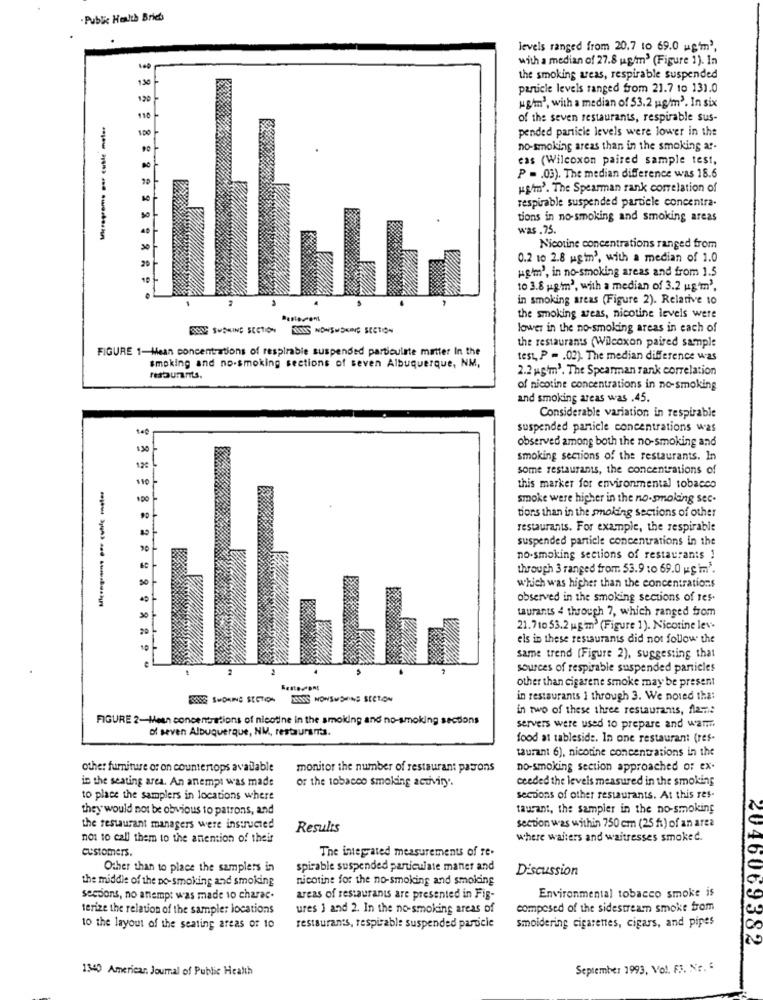
.Public Health Bries
levels ranged from 20.7 to 69.0 ugmm3,
with a median of 27.8 g/m3 (Figure 1). In
169
130
the smoking areas, respirable suspended
particle levels ranged from 21.7 to 131.0
120
ughm', with a median of 53.2 ug/m2. In six
of the seven restaurants, respirable sus-
100
pended particle levels were lower in the
no-smoking areas than in the smoking ar-
cas (Wilcoxon paired sample test,
P = . 03). The median difference was 18.6
":sm'. The Spearman rank correlation of
respirable suspended particle concentra.
tions in no-smoking and smoking areas
was . 75.
Nicotine concentrations ranged from
20
0.2 10 2.8 ugtm', with a median of 1.0
ug'm', in no-smoking areas and from 1.5
LLLL
10 3.8 g/m2, with a median of 3.2 ug'm',
in smoking areas (Figure 2). Relative to
the smoking areas, nicotine levels were
BOSS SUONINE SECTION DOOS NONSMOKING SECTION
lower in the no-smoking areas in each of
the restaurants (Wilcoxon paired sample
FIGURE 1-Mean concentrations of respirable suspended particulate matter In the
test, P = . 02). The median difference was
smoking and no-smoking sections of seven Albuquerque, NM,
2.2 mg'm'. The Spearman rank correlation
of nicotine concentrations in no-smoking
and smoking areas was .45.
Considerable variation in respirable
suspended panicle concentrations was
observed among both the no-smoking and
130
-
smoking sections of the restaurants. In
120
some restaurants, the concentrations of
110
this marker for environmental tobacco
100
smoke were higher in the no-smoking sec-
tions than in the smoking sections of other
restaurants. For example, the respirable
suspended particle concentrations in the
no-smoking sections of restaurants !
through 3 ranged from 53.9 :0 69.0 wgm.'.
which was higher than the concentrations
---- --
observed in the smoking sections of res.
taurants 4 through 7, which ranged from
20
21.710 53.2 ug'm' (Figure 1). Nicotine lev.
els in these restaurants did not follow the
same trend (Figure 2), suggesting that
sources of respirable suspended particles
other than cigarene smoke may be present
SANS SMOKING SECTION LIVS NOWBUSHING SECTION
in restaurants 1 through 3. We noted tha:
in two of these three restaurants, flame
FIGURE 2-Mean concentrations of nicotine in the smoking and no-smoking sections
of seven Albuquerque, NM, restauranta.
servers were used to prepare and warm
food at tableside. In one restaurant (res-
taurant 6), nicotine concentrations in the
other furniture or on countertops available
monitor the number of restaurant patrons
no-smoking section approached of ex.
in the seating area. An anempi was made
or the tobacco smoking activity".
ceeded the levels measured in the smoking
to place the samplers in locations where
sections of other restaurants. At this res-
they would not be obvious to patrons, and
taurant, the sampler in the no-smoking
the restaurant managers were instructed
Results
section was within 750 cm (25 ft) of an area
not to call them to the amention of their
where walters and waitresses smoked.
customers.
The integrated measurements of re.
Other than to place the samplers in
spirable suspended particulate manter and
Discussion
the middle of the Do-smoking and smoking
nicotine for the no-smoking and smoking
sections, no attempt was made 10 charac.
areas of restaurants are presented in Fig-
Environmental tobacco smoke is
terize the relation of the sampler locations
ures 1 and 2. In the no-smoking areas of
composed of the sidestream smoke from
10 the layout of the seating areas of 10
restaurants, respirable suspended particie
smoldering cigarettes, cigars, and pipes
2046069382
1340 Americar. Journal of Public Health
September 1993, Vol. F3. Nr. :